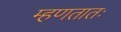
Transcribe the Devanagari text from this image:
म्हणतातः